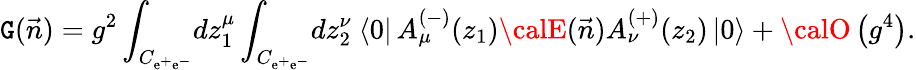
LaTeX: {\cal\mathtt{G}}(\vec{{n}})=g^{2}\int_{C_{\mathrm{{e}}^{+}\mathrm{{e}}^{-}}}\! dz_{1}^{\mu}\int_{C_{\mathrm{{e}}^{+}\mathrm{{e}}^{-}}}\! dz_{2}^{\nu}\ \langle0|\, A_{\mu}^{(-)}(z_{1}){\calE}(\vec{{n}})A_{\nu}^{(+)}(z_{2})\, |0\rangle+{\calO}\left(g^{4}\right).